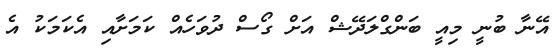
އޭނާ ބުނީ މިއީ ބަންގްލަދޭޝް އަށް ގޯސް ދުވަހެއް ކަމަށާއި އެކަމަކު އެ